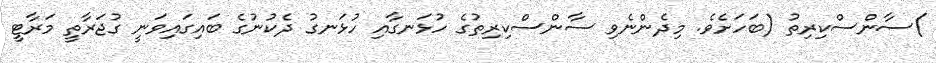
)ސާންސްކިރިތު (ބަހަށެވެ. މިދެންނެވި ސާންސްކިރިތުގެ ހުޅަނގާއި ހުޅަނގު ދެކުނުގެ ބައިގައިވަނީ ގުޖަރާތީ މަރާޓީ